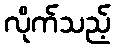
လိုက်သည့်